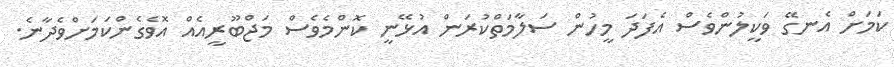
ކަމަށް އެނގޭ ވަކީލުންވެސް އެފަދަ މީހުން ސަލާމަތްކުރަން އުޅޭނީ ކޮންމެވެސް މަޖްބޫރީއެއް އޮވެގެންކަމަށްވެދާނެ.